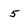
Character: 5